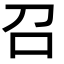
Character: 召